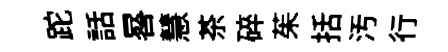
跎話晷慧茶碎茱括汚行